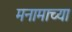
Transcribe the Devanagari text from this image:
मनामाच्या